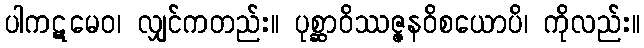
ပါကဋမေဝ၊ လျှင်ကတည်း။ ပုစ္ဆာဝိဿဇ္ဇနဝိစယောပိ၊ ကိုလည်း။